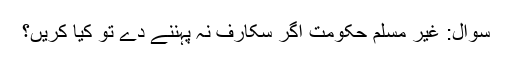
سوال: غیر مسلم حکومت اگر سکارف نہ پہننے دے تو کیا کریں؟